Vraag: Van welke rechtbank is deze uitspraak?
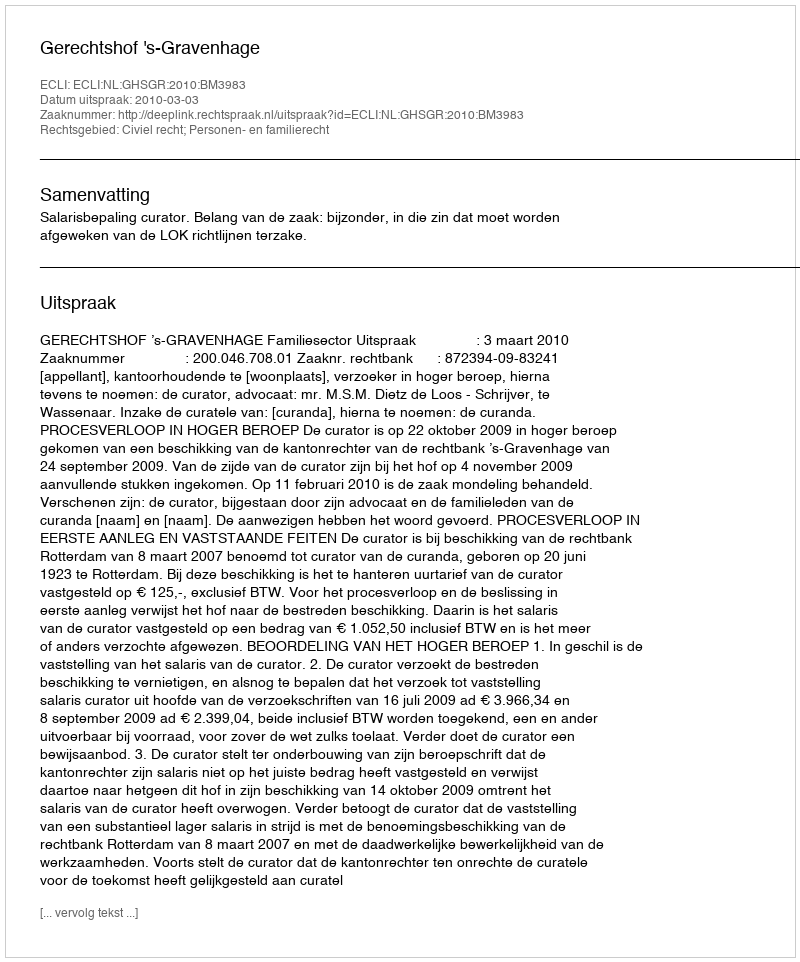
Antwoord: Gerechtshof 's-Gravenhage